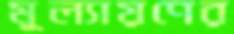
মূল্যায়ণের